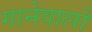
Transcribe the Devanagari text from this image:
गानेवालों